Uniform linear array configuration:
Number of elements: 16
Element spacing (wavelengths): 0.5
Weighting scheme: uniform
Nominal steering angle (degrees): -30
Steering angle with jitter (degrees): -28.507
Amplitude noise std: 0.05
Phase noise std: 0.05

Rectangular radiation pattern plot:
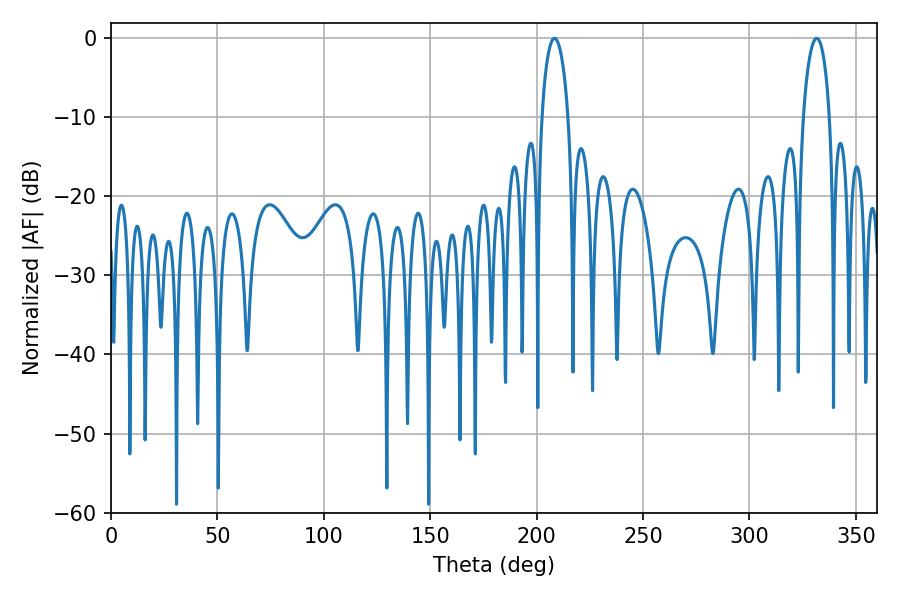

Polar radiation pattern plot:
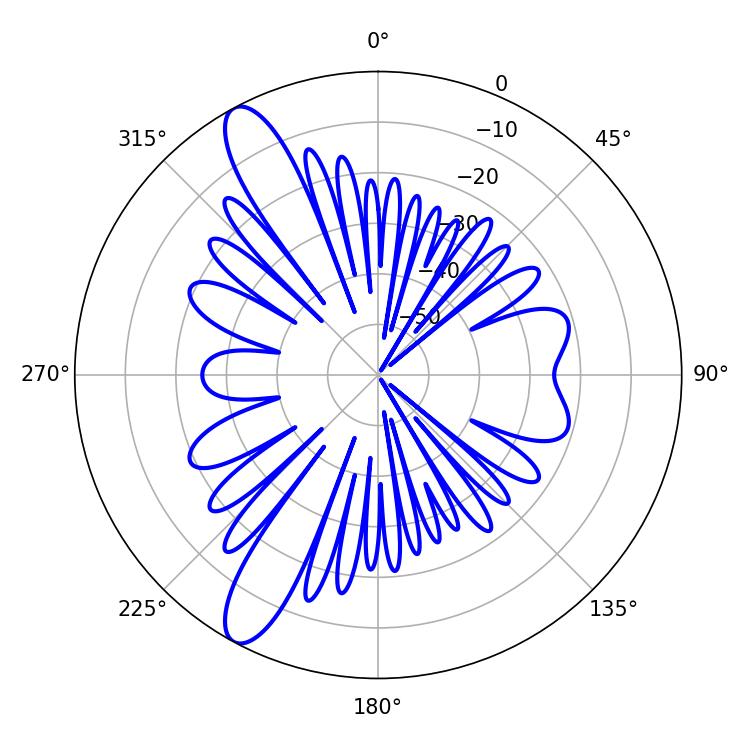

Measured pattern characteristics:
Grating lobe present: FALSE
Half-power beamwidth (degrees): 7.02
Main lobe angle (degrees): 331.56